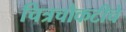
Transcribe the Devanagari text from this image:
चित्रचौकटीचे